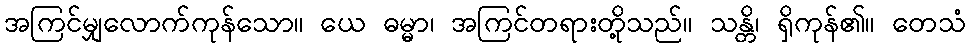
အကြင်မျှလောက်ကုန်သော။ ယေ ဓမ္မာ၊ အကြင်တရားတို့သည်။ သန္တိ၊ ရှိကုန်၏။ တေသံ